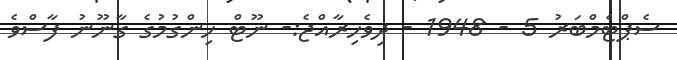
ސެޕްޓެމްބަރު 5 - 1948 - ދިވެހިރާއްޖެ:- ނޫޓް ހިންގުމުގެ ގާނޫނު ފާސްވެ